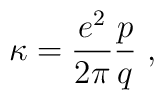
\kappa=\frac{e^2} {2\pi}\frac{p}{q} \ ,